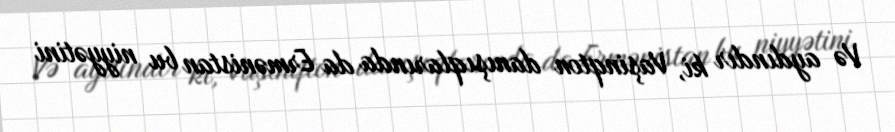
Və aydındır ki, Vaşinqton danışıqlarında da Ermənistan bu niyyətini